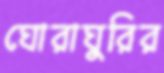
ঘোরাঘুরির